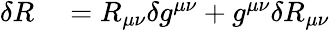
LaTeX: \begin{array}{rl}{\delta R}&{{}=R_{\mu\nu}\delta g^{\mu\nu}+g^{\mu\nu}\delta R_{\mu\nu}}\end{array}